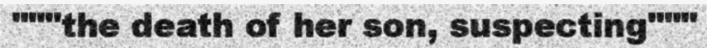
"""the death of her son, suspecting"""